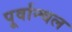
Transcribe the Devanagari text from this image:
पूर्वान्चल